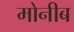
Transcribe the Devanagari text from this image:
मोनीब